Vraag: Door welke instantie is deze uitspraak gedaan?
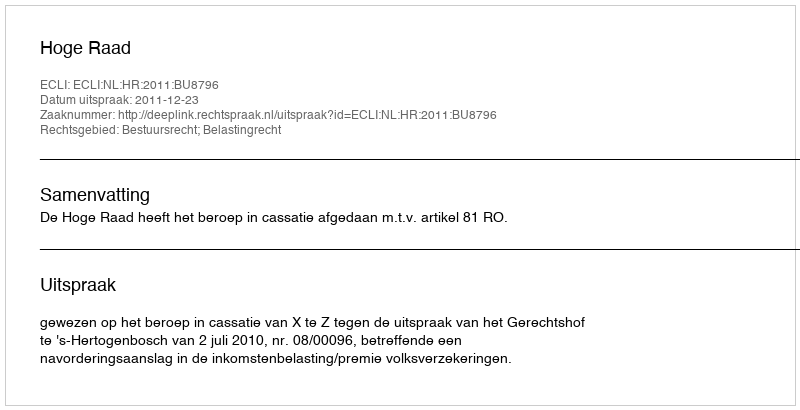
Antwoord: Hoge Raad